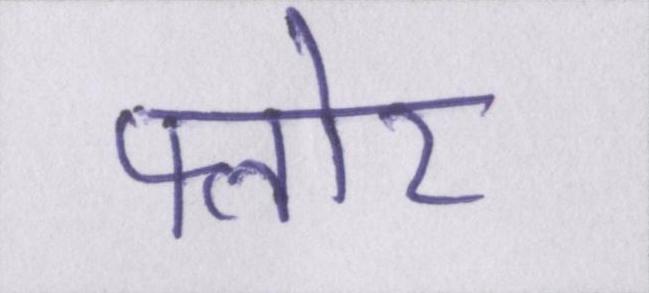
फ्लोर